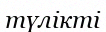
түлікті